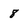
Character: 8